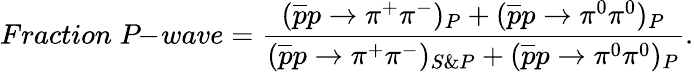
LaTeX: Fraction\; P\! \! -\! wave={\frac{(\overline{{{p}}}p\rightarrow\pi^{+}\pi^{-})_{P}+(\overline{{{p}}}p\rightarrow\pi^{0}\pi^{0})_{P}}{(\overline{{{p}}}p\rightarrow\pi^{+}\pi^{-})_{S\& P}+(\overline{{{p}}}p\rightarrow\pi^{0}\pi^{0})_{P}}}.